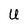
Character: U